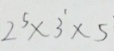
2 ^ { 5 } \times 3 ^ { 1 } \times 5 ^ { 1 }